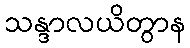
သန္ဒာလယိတွာန